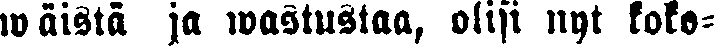
wäistä ja wastustaa, olisi nyt koko-